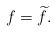
\begin{align*}f=\widetilde{f}.\end{align*}